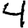
Digit: 4